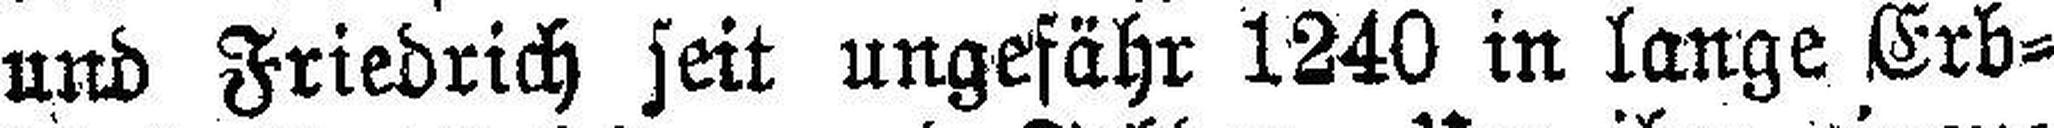
und Friedrich seit ungefähr 1240 in lange Erb¬